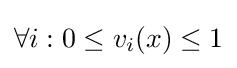
\forall i:0\leq v_{i}(x)\leq 1